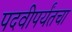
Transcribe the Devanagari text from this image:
पदवीपर्यंतचा